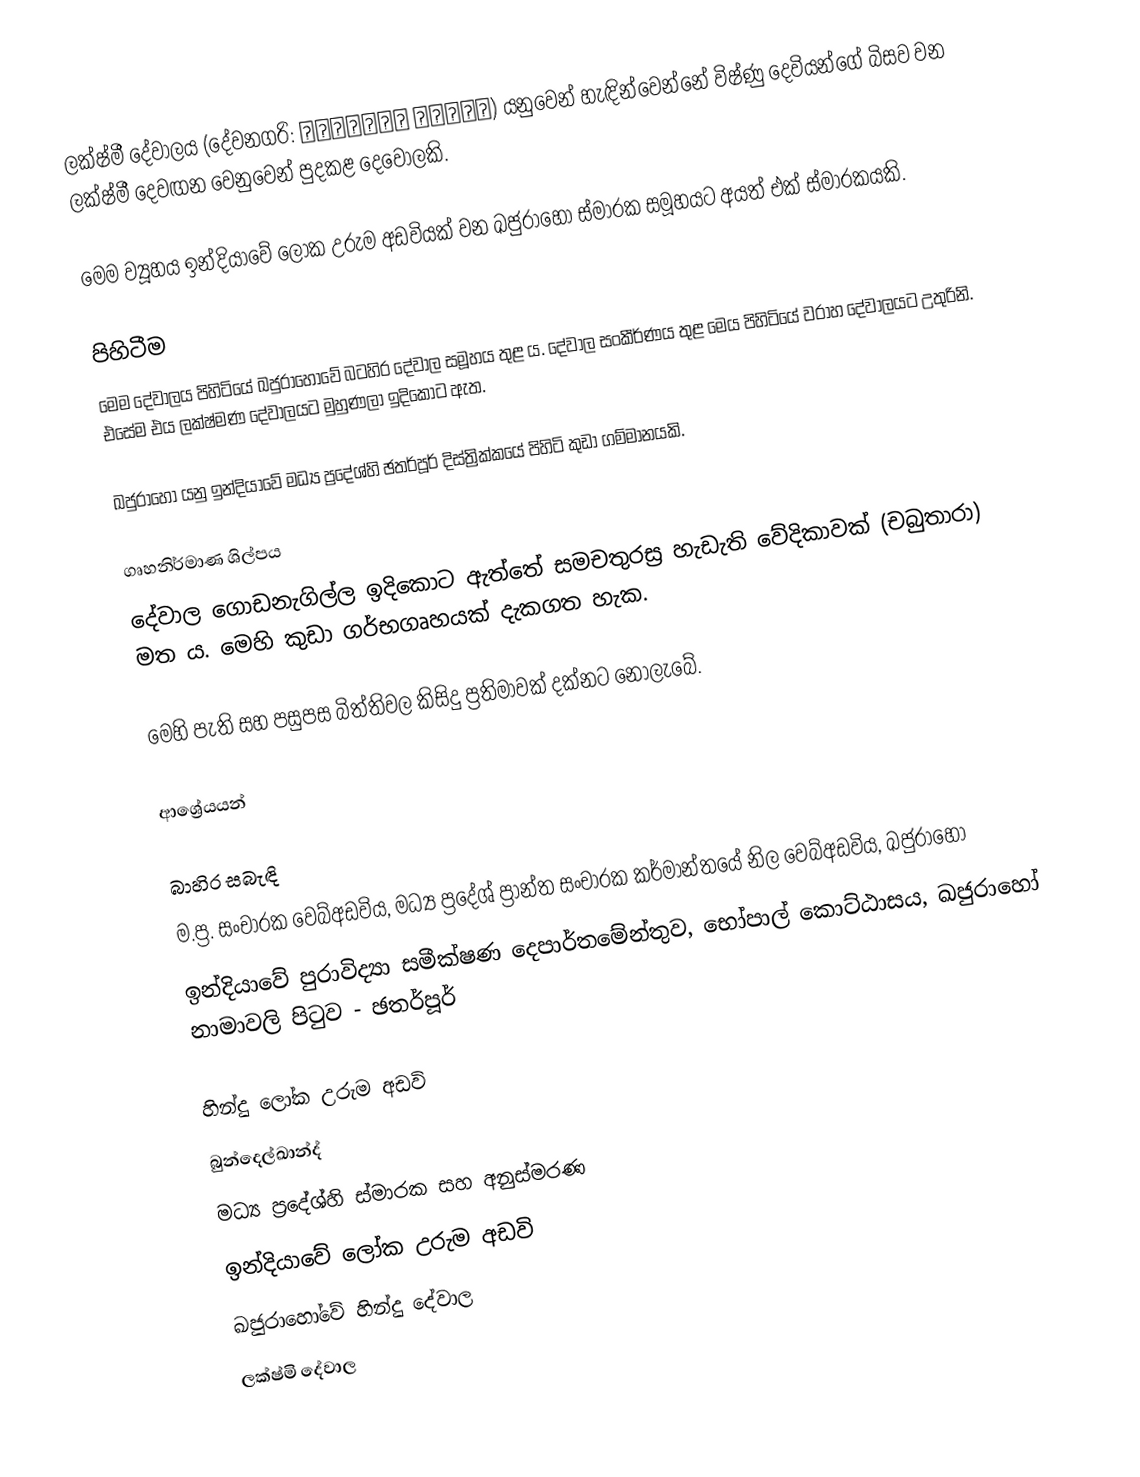
ලක්ෂ්මී දේවාලය (දේවනගරි: लक्ष्मी मंदिर) යනුවෙන් හැඳින්වෙන්නේ විෂ්ණු දෙවියන්ගේ බිසව වන ලක්ෂ්මී දෙවඟන වෙනුවෙන් පුදකළ දෙවොලකි.

මෙම ව්‍යූහය ඉන්දියාවේ ලෝක උරුම අඩවියක් වන ඛජුරාහෝ ස්මාරක සමූහයට අයත් එක් ස්මාරකයකි.

පිහිටීම
මෙම දේවාලය පිහිටියේ ඛජුරාහෝවේ බටහිර දේවාල සමූහය තුළ ය. දේවාල සංකීර්ණය තුළ මෙය පිහිටියේ වරාහ දේවාලයට උතුරිනි. එසේම එය ලක්ෂ්මණ දේවාලයට මුහුණලා ඉදිකොට ඇත.

ඛජුරාහෝ යනු ඉන්දියාවේ මධ්‍ය ප්‍රදේශ්හි ඡතර්පූර් දිස්ත්‍රික්කයේ පිහිටි කුඩා ගම්මානයකි.

ගෘහනිර්මාණ ශිල්පය
දේවාල ගොඩනැගිල්ල ඉදිකොට ඇත්තේ සමචතුරස්‍ර හැඩැති වේදිකාවක් (චබුතාරා) මත ය. මෙහි කුඩා ගර්භගෘහයක් දැකගත හැක.

මෙහි පැති සහ පසුපස බිත්තිවල කිසිදු ප්‍රතිමාවක් දක්නට නොලැබේ.

ආශ්‍රේයයන්

බාහිර සබැඳි
 ම.ප්‍ර. සංචාරක වෙබ්අඩවිය, මධ්‍ය ප්‍රදේශ් ප්‍රාන්ත සංචාරක කර්මාන්තයේ නිල වෙබ්අඩවිය, ඛජුරාහෝ
 ඉන්දියාවේ පුරාවිද්‍යා සමීක්ෂණ දෙපාර්තමේන්තුව, භෝපාල් කොට්ඨාසය, ඛජුරාහෝ නාමාවලි පිටුව - ඡතර්පූර්

හින්දු ලෝක උරුම අඩවි
බුන්දෙල්ඛාන්ද්
මධ්‍ය ප්‍රදේශ්හි ස්මාරක සහ අනුස්මරණ
ඉන්දියාවේ ලෝක උරුම අඩවි
ඛජුරාහෝවේ හින්දු දේවාල
ලක්ෂ්මි දේවාල